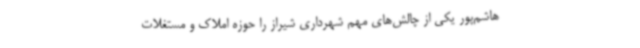
هاشم‌پور یکی از چالش‌های مهم شهرداری شیراز را حوزه املاک و مستغلات